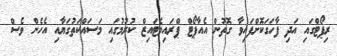
ރިޕޯޓްގައި އަދި ފާހަގަކޮށްފައިވާ ގޮތުން އެއާޕޯޓް ޕްރައިވެޓައިޒް ކުރުމުގައި މަސައްކަތުގަޔާއި އެހެން ވެސް